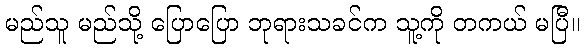
မည်သူ မည်သို့ ပြောပြော ဘုရားသခင်က သူ့ကို တကယ် မပြီ။